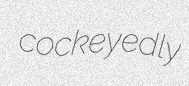
cockeyedly